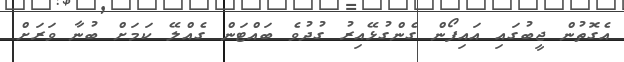
އެގޮތުން ޖީބުގައި އައިފޯން ގެންގުޅޭއިރު ގުދުވެ ބައްޓަން ގެއްލޭ ކަމަށް ބުނާ ވަރަށް